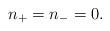
LaTeX: \begin{align*}n_{+}=n_{-}=0.\end{align*}